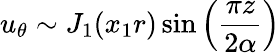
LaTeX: u_{\theta}\sim J_{1}(x_{1}r)\sin\left(\frac{\pi z}{2\alpha}\right)